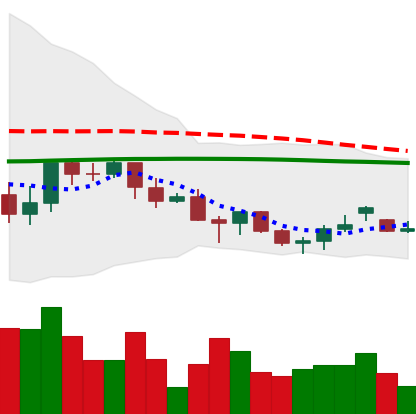
Ticker: LINK-USD
Chart end date: 2021-06-17
Forward return: -28.045%
Label: down_7plus